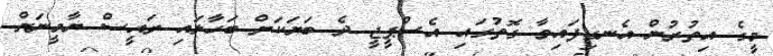
މީގެ އިތުރުން އެނގިފައިވާ ގޮތުގައި އެސްޕީޖީ ދެ ބަޔަކަށް ބަހާލައި ރައީސް ޔާމީނަށް